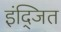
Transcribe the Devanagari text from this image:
इंद्जित